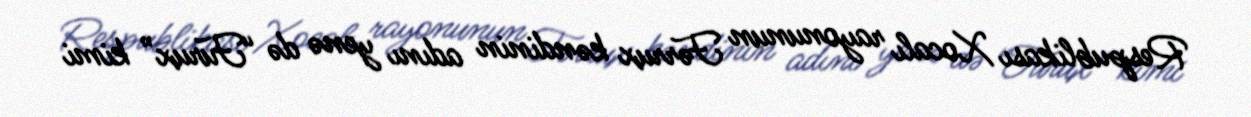
Respublikası Xocalı rayonunun Fərrux kəndinin adını yenə də “Furux” kimi